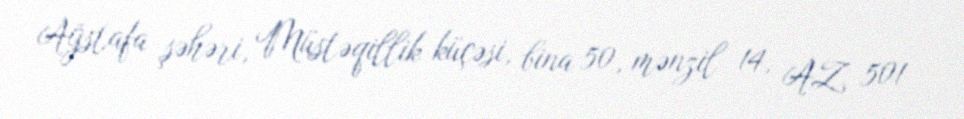
Ağstafa şəhəri, Müstəqillik küçəsi, bina 50, mənzil 14, AZ 501